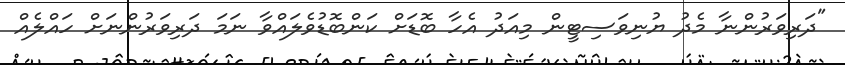
"ދަރިވަރުންނާ މެދު ޔުނިވަސިޓީން މިއަދު އެހާ ބޮޑަށް ކަންބޮޑުވެލައްވާ ނަމަ ދަރިވަރުންނަށް ހައްލެއް